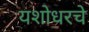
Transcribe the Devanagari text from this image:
यशोधरचे